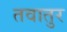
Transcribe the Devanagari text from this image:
तवातुर